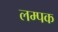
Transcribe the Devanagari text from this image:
लम्पक